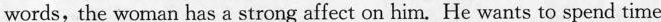
words, the woman has a strong affect on him. He wants to spend time